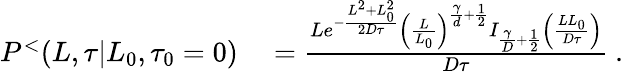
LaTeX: \begin{array}{rl}{P^{<}(L,\tau|L_{0},\tau_{0}=0)}&{{}=\frac{Le^{-\frac{L^{2}+L_{0}^{2}}{2D\tau}}\left(\frac{L}{L_{0}}\right)^{\frac{\gamma}{d}+\frac{1}{2}}I_{\frac{\gamma}{D}+\frac{1}{2}}\left(\frac{LL_{0}}{D\tau}\right)}{D\tau}\ .}\end{array}